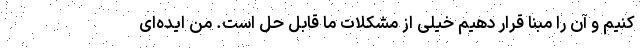
کنیم و آن را مبنا قرار دهیم خیلی از مشکلات ما قابل حل است. من ایده‌ای